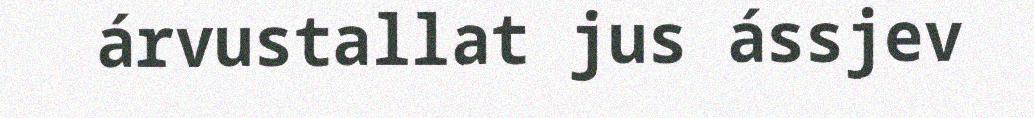
árvustallat jus ássjev